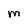
Character: M